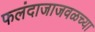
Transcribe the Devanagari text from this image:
फलंदाजाजवळच्या